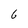
Character: 6